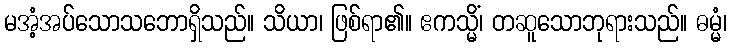
မအံ့အပ်သောသဘောရှိသည်။ သိယာ၊ ဖြစ်ရာ၏။ ဧကသ္မိံ၊ တဆူသောဘုရားသည်။ ဓမ္မံ၊